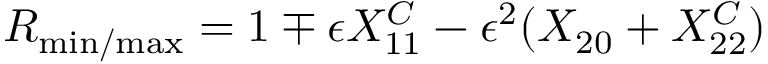
R _ { \mathrm { m i n / m a x } } = 1 \mp \epsilon X _ { 1 1 } ^ { C } - \epsilon ^ { 2 } ( X _ { 2 0 } + X _ { 2 2 } ^ { C } )